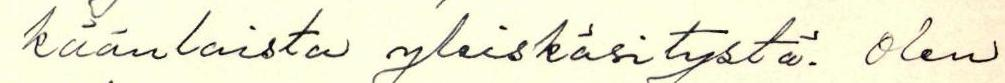
käänlaista yleiskäsitystä. Olen